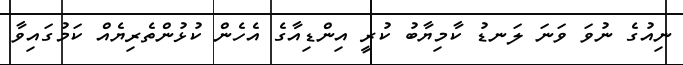
ނިއުގެ ނުވަ ވަނަ ލަނޑު ކާމިޔާބު ކުރީ އިންޑިއާގެ އެހެން ކުޅުންތެރިޔެއް ކަމުގައިވާ